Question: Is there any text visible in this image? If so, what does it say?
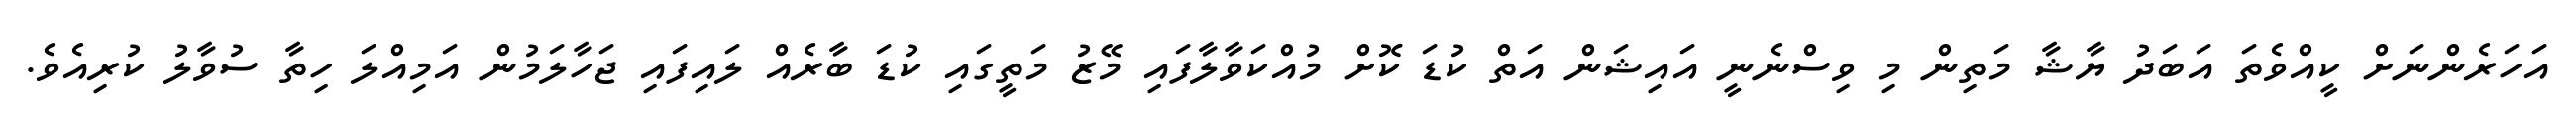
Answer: އަހަރެންނަށް ކީއްވެތަ އަބަދު ޔާޝާ މަތިން މި ވިސްނެނީ އައިޝަން އަތް ކުޑަ ކޮށް މުއްކަވާލާފައި މޭޒު މަތީގައި ކުޑަ ބާރެއް ލައިފައި ޖަހާލަމުން އަމިއްލަ ހިތާ ސުވާލު ކުރިއެވެ.